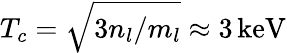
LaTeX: T_{c}=\sqrt{3n_{l}/m_{l}}\approx 3\, \mathrm{keV}